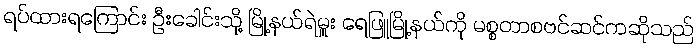
ရပ်ထားရကြောင်း ဦးခေါင်းသို့ မြို့နယ်ရဲမှူး ရေဖြူမြို့နယ်ကို မစ္စတာစဗင်ဆင်ကဆိုသည်